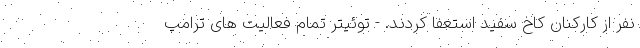
نفر از کارکنان کاخ سفید استعفا کردند. - توئیتر تمام فعالیت های ترامپ